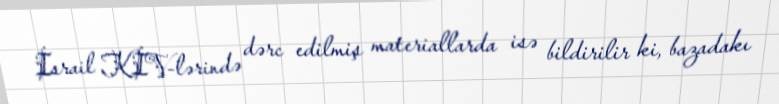
İsrail KİV-lərində dərc edilmiş materiallarda isə bildirilir ki, bazadakı